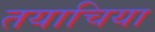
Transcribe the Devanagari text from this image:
तयाचिया